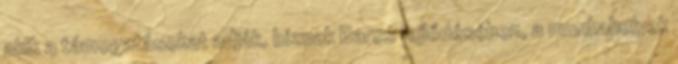
akik a támogatásokat adják, bíznak Barcs fejlődésében, a munkahelyek